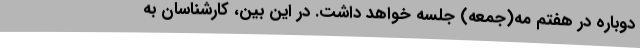
دوباره در هفتم مه(جمعه) جلسه خواهد داشت. در این بین، کارشناسان به